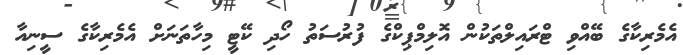
އެމެރިކާގެ ބޭއްވި ޓްރައިލްތަކުން އޮލިމްޕިކްގެ ފުރުސަތު ހޯދި ކޭޓީ މިހާތަނަށް އެމެރިކާގެ ސީނިއާ